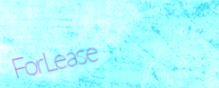
ForLease